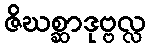
ဇိဃစ္ဆာဒုဗ္ဗလ္လ